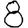
Digit: 8